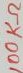
Text: 100KΩ